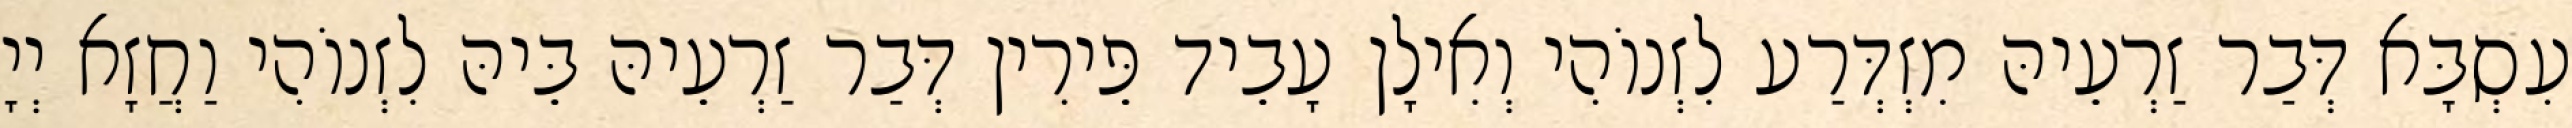
עִסְבָּא דְּבַר זַרְעֵיהּ מִזְדְּרַע לִזְנוֹהִי וְאִילָן עָבֵיד פֵּירִין דְּבַר זַרְעֵיהּ בֵּיהּ לִזְנוֹהִי וַחֲזָא יְיָ